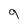
Character: 9